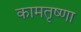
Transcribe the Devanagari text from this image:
कामतृष्णा